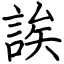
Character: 誒